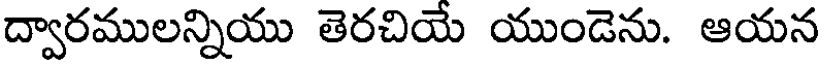
ద్వారములన్నియు తెరచియే యుండెను. ఆయన